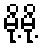
မို့မို့